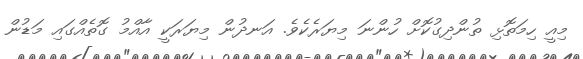
މިއީ ހިމަތޮޅި ތުންދިގުކޮށް ހުންނަ މިޔަރެކެވެ. އަނދުން މިޔަރަކީ އާއްމު ގޮތެއްގައި މަޑުން